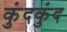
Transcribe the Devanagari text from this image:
कुंदकुंद